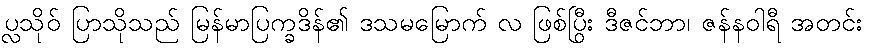
ပ္လသိုဝ် ပြာသိုသည် မြန်မာပြက္ခဒိန်၏ ဒသမမြောက် လ ဖြစ်ပြီး ဒီဇင်ဘာ၊ ဇန်နဝါရီ အတွင်း